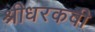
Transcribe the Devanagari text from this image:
श्रीधरकवी